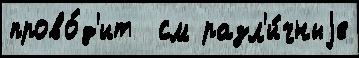
прово́д'ит  см разл'и́чныjе